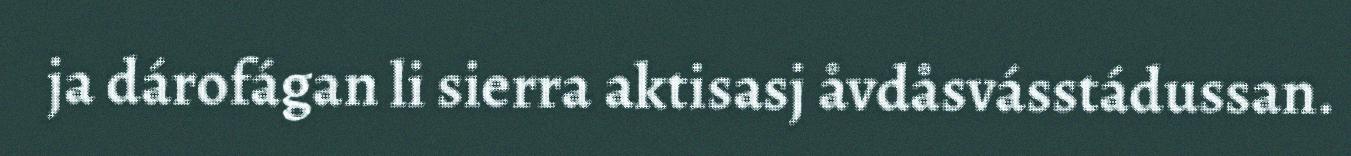
ja dárofágan li sierra aktisasj åvdåsvásstádussan.